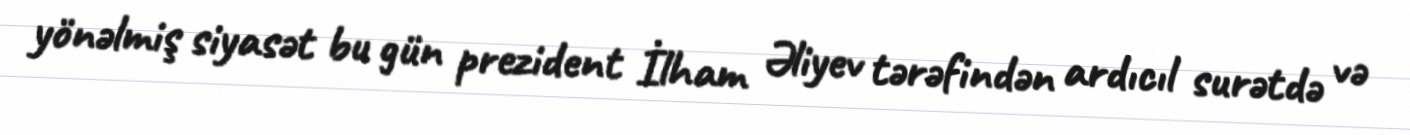
yönəlmiş siyasət bu gün prezident İlham Əliyev tərəfindən ardıcıl surətdə və